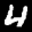
Label: 4